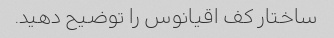
ساختار کف اقیانوس را توضیح دهید.